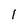
Character: I